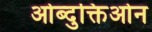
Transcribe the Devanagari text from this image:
ओब्दुक्तिओन